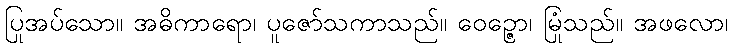
ပြုအပ်သော။ အဓိကာရော၊ ပူဇော်သကာသည်။ ဝေဉ္ဇော၊ မြုံသည်။ အဖလော၊